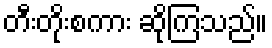
တီးတိုးစကား ဆိုကြသည်။